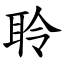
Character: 聆